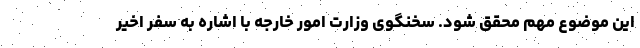
این موضوع مهم محقق شود. سخنگوی وزارت امور خارجه با اشاره به سفر اخیر